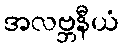
အလဗ္ဘနီယံ